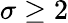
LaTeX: \sigma\ge 2